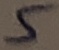
Text: 5